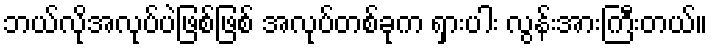
ဘယ်လိုအလုပ်ပဲဖြစ်ဖြစ် အလုပ်တစ်ခုက ရှားပါး လွန်းအားကြီးတယ်။